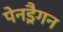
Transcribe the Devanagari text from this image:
पेनड्रैगन